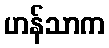
ဟန်သာက